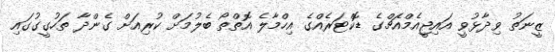
ޒީނަތު ވިދާޅުވީ އައިޖީއެމްއެޗްގެ ޑޮކްޓަރެއްގެ އިހްމާލެ އޮތްތޯ ބެލުމަށް ކުރިއަށް ގެންދާ ތަހުގީގުގައި